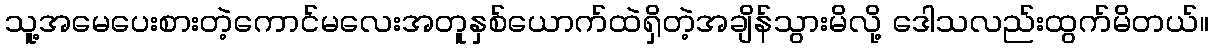
သူ့အမေပေးစားတဲ့ကောင်မလေးအတူနှစ်ယောက်ထဲရှိတဲ့အချိန်သွားမိလို့ ဒေါသလည်းထွက်မိတယ်။